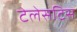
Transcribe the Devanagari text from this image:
टेलेसटिस